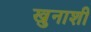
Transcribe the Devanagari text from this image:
खुनाशी